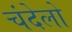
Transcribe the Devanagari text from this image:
चंदेलो